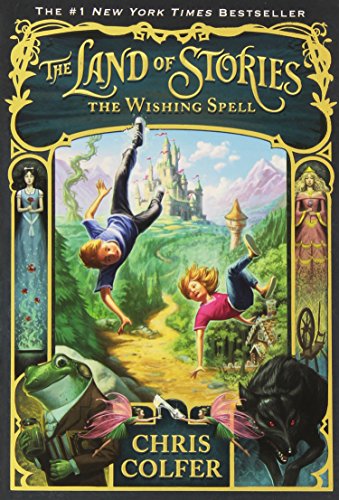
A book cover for The Wishing Spell (The Land of Stories); Chris Colfer; Children's Books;